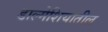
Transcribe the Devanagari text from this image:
डाल्मेशियातील